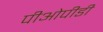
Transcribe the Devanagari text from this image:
पीओपीडी